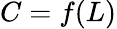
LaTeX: C=f(L)